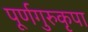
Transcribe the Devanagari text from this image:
पूर्णगुरुकृपा